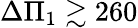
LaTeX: \Delta\Pi_{1}\gtrsim 260